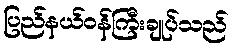
ပြည်နယ်ဝန်ကြီးချုပ်သည်